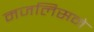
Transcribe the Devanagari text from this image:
मजलिसने